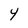
Character: Y